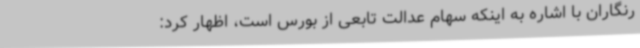
رنگاران با اشاره به اینکه سهام عدالت تابعی از بورس است، اظهار کرد: